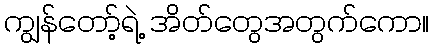
ကျွန်တော့်ရဲ့ အိတ်တွေအတွက်ကော။